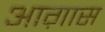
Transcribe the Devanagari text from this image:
आग़ास